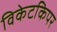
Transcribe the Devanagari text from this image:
विकेटकिपर